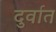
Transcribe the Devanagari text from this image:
दुर्वात